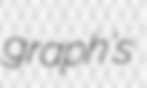
graph's